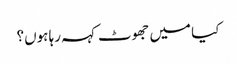
کیا میں جھوٹ کہہ رہا ہوں؟